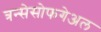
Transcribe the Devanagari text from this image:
त्रन्सेसोफगेअल